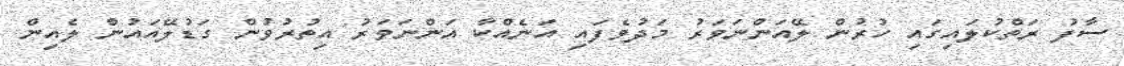
ސާފު ރަތްކުލައިގައި ހުރުން ލޭއަންނަވަރު މަދުވެފައި އަނެއްކާ އަންނަވަރު އިތުރުވުން ގަޑުލޭއައުން ލެއިން